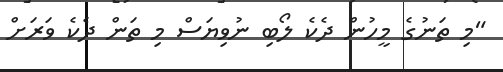
"މި ތަނުގެ މީހުން ދެކެ ލޯބި ނުވިޔަސް މި ތަން ދެކެ ވަރަށް